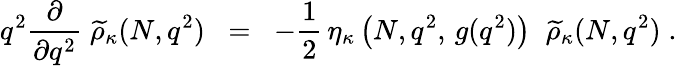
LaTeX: q^{2}\frac{\partial}{\partial q^{2}}\; \widetilde{\rho}_{\kappa}(N,q^{2})\; \; =\; \; -\frac{1}{2}\, \eta_{\kappa}\left(N,q^{2},\, g(q^{2})\right)\; \; \widetilde{\rho}_{\kappa}(N,q^{2})\; .